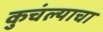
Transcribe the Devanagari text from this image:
कुचंल्याचा